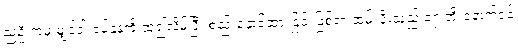
ညဦးကမှ မျှင်ဝါးခပ်နုနုကို ထု၍လိမ်ပြီး စည်းနှောင်ထားခြင်းဖြစ်ရာ ထမ်းပိုးသည် ရှေ့တိုးနောက်ငင်